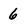
Character: 6